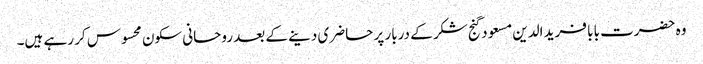
وہ حضرت بابا فرید الدین مسعود گنج شکر کے دربار پر حاضری دینے کے بعد روحانی سکون محسوس کر رہے ہیں۔